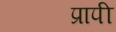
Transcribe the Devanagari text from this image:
प्रापी